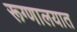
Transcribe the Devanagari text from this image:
रूग्‍णालयात